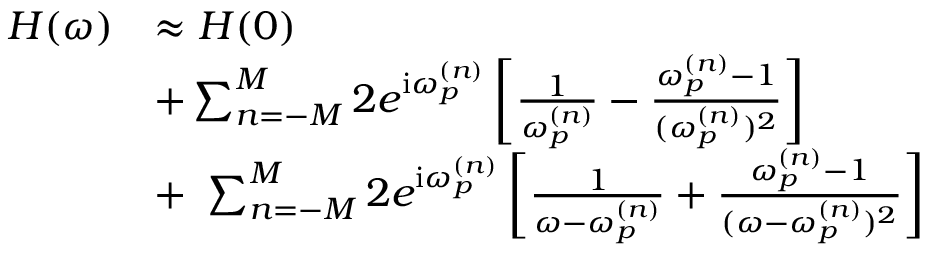
\begin{array} { r } { \begin{array} { r l } { H ( \omega ) } & { \approx H ( 0 ) } \\ & { + \sum _ { n = - M } ^ { M } 2 e ^ { \mathrm { i } \omega _ { p } ^ { ( n ) } } \left[ \frac { 1 } { \omega _ { p } ^ { ( n ) } } - \frac { \omega _ { p } ^ { ( n ) } - 1 } { ( \omega _ { p } ^ { ( n ) } ) ^ { 2 } } \right] } \\ & { + ~ \sum _ { n = - M } ^ { M } 2 e ^ { \mathrm { i } \omega _ { p } ^ { ( n ) } } \left[ \frac { 1 } { \omega - \omega _ { p } ^ { ( n ) } } + \frac { \omega _ { p } ^ { ( n ) } - 1 } { ( \omega - \omega _ { p } ^ { ( n ) } ) ^ { 2 } } \right] } \end{array} } \end{array}